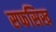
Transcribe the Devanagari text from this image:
सफसिख